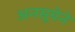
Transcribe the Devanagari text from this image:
अनसूयेने